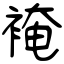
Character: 裺